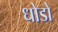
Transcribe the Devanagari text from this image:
धोडो